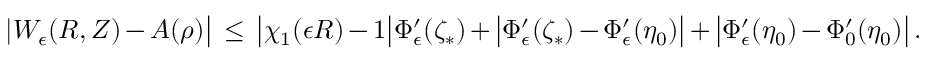
| W _ { \epsilon } ( R , Z ) - A ( \rho ) \bigr | \, \le \, \bigl | \chi _ { 1 } ( \epsilon R ) - 1 \bigr | \Phi _ { \epsilon } ^ { \prime } ( \zeta _ { * } ) + \bigl | \Phi _ { \epsilon } ^ { \prime } ( \zeta _ { * } ) - \Phi _ { \epsilon } ^ { \prime } ( \eta _ { 0 } ) \bigr | + \bigl | \Phi _ { \epsilon } ^ { \prime } ( \eta _ { 0 } ) - \Phi _ { 0 } ^ { \prime } ( \eta _ { 0 } ) \bigr | \, .